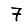
Digit: 7